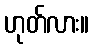
ဟုတ်လား။